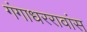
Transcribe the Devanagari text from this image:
गंगाधररावांस